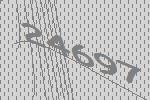
24697